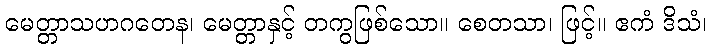
မေတ္တာသဟဂတေန၊ မေတ္တာနှင့် တကွဖြစ်သော။ စေတသာ၊ ဖြင့်။ ဧကံ ဒိသံ၊